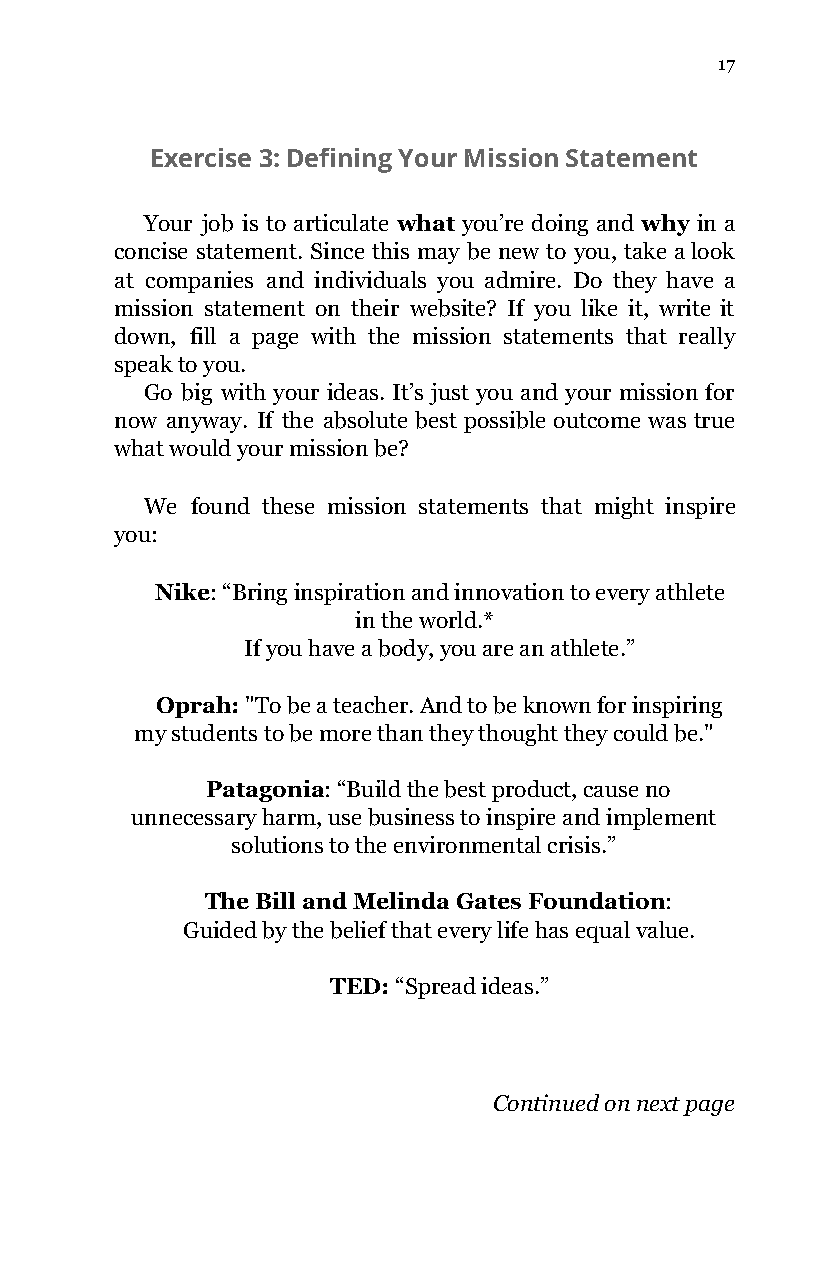
17
 Exercise 3: Defining Your Mission Statement
 Your job is to articulate what you’re doing and why in a
 ​               ​
 concise statement. Since this may be new to you, take a look
 at companies and individuals you admire. Do they have a
 mission statement on their website? If you like it, write it
 down, fill a page with the mission statements that really
 speak to you.
 Go big with your ideas. It’s just you and your mission for
 now anyway. If the absolute best possible outcome was true
 what would your mission be?
 We found these mission statements that might inspire
 you:
 Nike: “Bring inspiration and innovation to every athlete
 ​
 in the world.*
 If you have a body, you are an athlete.”
 Oprah: "To be a teacher. And to be known for inspiring
 ​
 my students to be more than they thought they could be."
 Patagonia: “Build the best product, cause no
 ​
 unnecessary harm, use business to inspire and implement
 solutions to the environmental crisis.”
 The Bill and Melinda Gates Foundation:
 ​
 Guided by the belief that every life has equal value.
 TED: “Spread ideas.”
 ​
 Continued on next page